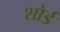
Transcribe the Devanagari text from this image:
शोर्ड